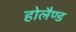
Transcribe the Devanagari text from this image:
होलैण्ड